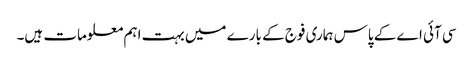
سی آئی اے کے پاس ہماری فوج کے بارے میں بہت اہم معلومات ہیں۔